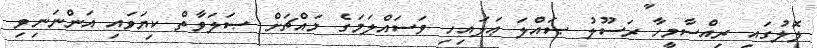
ލޮލުގައި ރިއްސާމީހާ ރަސޫލު ޞައްލަ ޢަލައިހި ވަސައްލަމަގެ މައްޗަށް ޞަލަވާތް ކިޔަވައި އަންނަނިވި